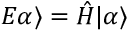
E \alpha \rangle = { \hat { H } } | \alpha \rangle